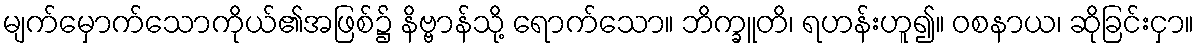
မျက်မှောက်သောကိုယ်၏အဖြစ်၌ နိဗ္ဗာန်သို့ ရောက်သော။ ဘိက္ခူတိ၊ ရဟန်းဟူ၍။ ဝစနာယ၊ ဆိုခြင်းငှာ။